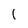
Character: 1